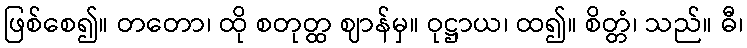
ဖြစ်စေ၍။ တတော၊ ထို စတုတ္ထ ဈာန်မှ။ ဝုဋ္ဌာယ၊ ထ၍။ စိတ္တံ၊ သည်။ ဓီ၊